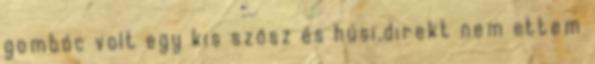
gombóc volt egy kis szósz és húsi,direkt nem ettem